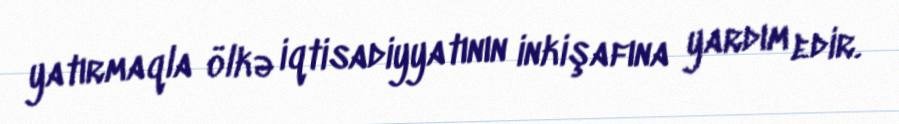
yatırmaqla ölkə iqtisadiyyatının inkişafına yardım edir.